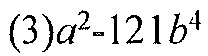
\((3)a^{2}-121b^{4}\)